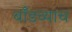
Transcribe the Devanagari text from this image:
बाँडच्याच